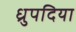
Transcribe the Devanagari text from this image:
ध्रुपदिया